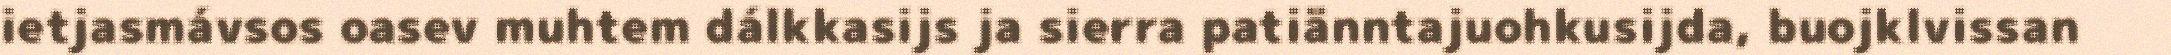
ietjasmávsos oasev muhtem dálkkasijs ja sierra patiänntajuohkusijda, buojklvissan